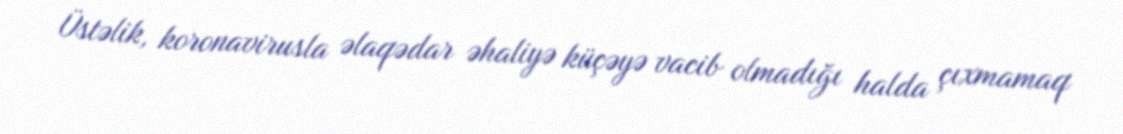
Üstəlik, koronavirusla əlaqədar əhaliyə küçəyə vacib olmadığı halda çıxmamaq